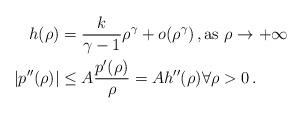
LaTeX: \begin{align*}h(\rho) &= \frac{k}{\gamma -1} \rho^\gamma + o(\rho^\gamma) \, , \hbox{as}\ \rho\to +\infty\\| p'' (\rho ) | &\le A \frac{p'(\rho)}{\rho} = A h'' (\rho) \forall \rho > 0 \, .\end{align*}